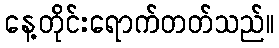
နေ့တိုင်းရောက်တတ်သည်။